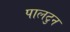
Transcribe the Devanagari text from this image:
पालटुन